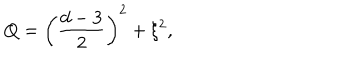
Q = \left( \frac { d - 3 } { 2 } \right) ^ { 2 } + \xi ^ { 2 } ,